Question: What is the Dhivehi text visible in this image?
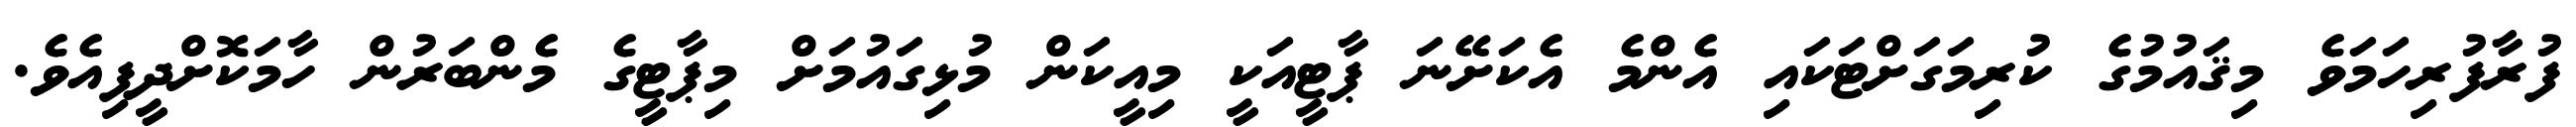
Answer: ފުރާފުރިހަމަވެ މިޤައުމުގެ ކުރިމަގަށްޓަކައި އެންމެ އެކަށޭނަ ޕާޓީއަކީ މިއީކަން މުޅިގައުމަށް މިޕާޓީގެ މެންބަރުން ހާމަކޮށްދީފިއެވެ.